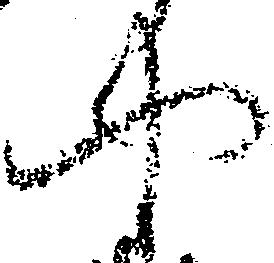
や